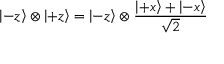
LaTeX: \left| - z \right\rangle \otimes \left| + z \right\rangle = \left| - z \right\rangle \otimes { \frac { \left| + x \right\rangle + \left| - x \right\rangle } { \sqrt { 2 } } }